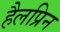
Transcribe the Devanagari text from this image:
हैलप्रिन